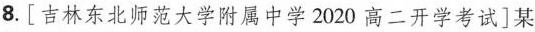
8.[吉林东北师范大学附属中学2020高二开学考试]某